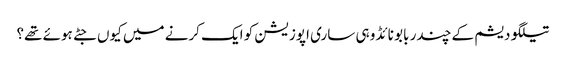
تیلگو دیشم کے چندر بابو نائڈو ہی ساری اپوزیشن کو ایک کرنے میں کیوں جٹے ہوئے تھے؟